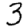
Digit: 3